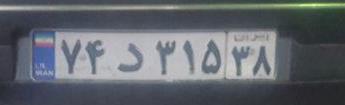
۷۴د۳۱۵۳۸